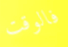
فالوقت